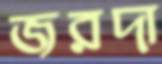
জরদা